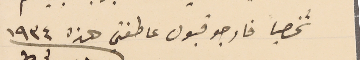
شخصياً فارجو قبول عاطفتي هذه سنة ١٩٣٤